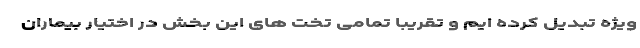
ویژه تبدیل کرده ایم و تقریبا تمامی تخت های این بخش در اختیار بیماران